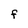
Character: F